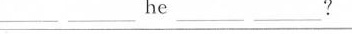
___ ___ he ___ ___?